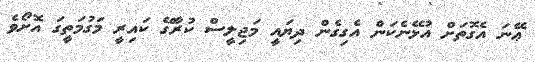
ޢޭނަ އެގޮތަށް އުޅޭނެކަން އެގިގެން ދިޔައީ މަޖިލީސް ކުރާގޭ ކައިރީ މަގުމަތީގަ އޮށޯވެ